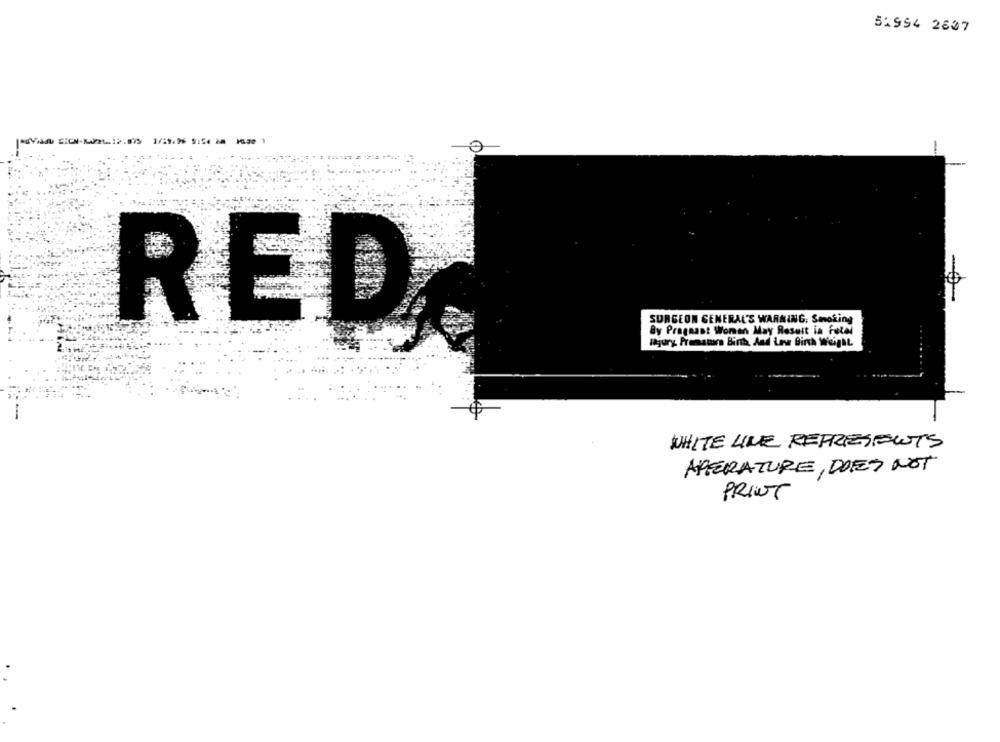
51994 2607
-
SURGEON GENERAL'S WARNING: Smoking
By Pregnant Woman May Result in Fotel
RED
lajury Prematars Birth, And Low Birth Weight
WHITE LINE REPRESENTS
APERATURE, DOES NOT
PRINT